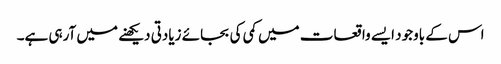
اس کے باوجود ایسے واقعات میں کمی کی بجائے زیادتی دیکھنے میں آرہی ہے۔